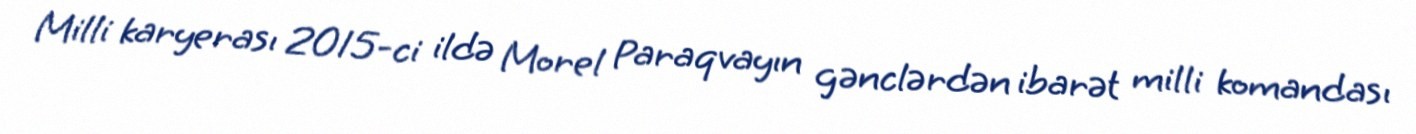
Milli karyerası 2015-ci ildə Morel Paraqvayın gənclərdən ibarət milli komandası